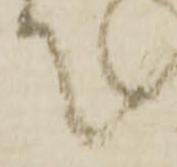
て